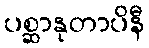
ပစ္ဆာနုတာပိနီ